Lunatic asylums Central Provinces reports 1895-1909 - 1895-1909
Year: 1895
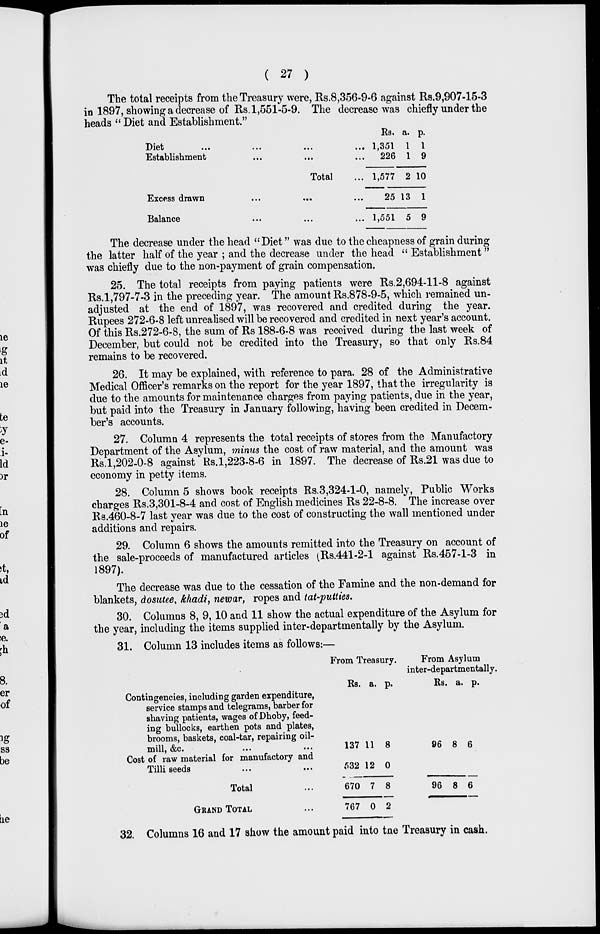
( 27 )
The total receipts from the Treasury were, Rs.8,356-9-6 against Rs.9,907-15-3
in 1897, showing a decrease of Rs. 1,551-5-9. The decrease was chiefly under the
heads " Diet and Establishment."
Diet ... ... ... ...
Establishment ... ... ...
Total ...
Excess drawn ... ... ...
Balance ... ... ...
Rs.
1,351
226
1,577
25
1,551
a.
1
1
2
13
5
p.
1
9
10
1
9
The decrease under the head "Diet" was due to the cheapness of grain during
the latter half of the year ; and the decrease under the head " Establishment "
was chiefly due to the non-payment of grain compensation.
25. The total receipts from paying patients were Rs.2,694-11-8 against
Rs.1,797-7-3 in the preceding year. The amount Rs.878-9-5, which remained un-
adjusted at the end of 1897, was recovered and credited during the year.
Rupees 272-6-8 left unrealised will be recovered and credited in next year's account.
Of this Rs.272-6-8, the sum of Rs 188-6-8 was received during the last week of
December, but could not be credited into the Treasury, so that only Rs.84
remains to be recovered.
26. It may be explained, with reference to para. 28 of the Administrative
Medical Officer's remarks on the report for the year 1897, that the irregularity is
due to the amounts for maintenance charges from paying patients, due in the year,
but paid into the Treasury in January following, having been credited in Decem-
ber's accounts.
27. Column 4 represents the total receipts of stores from the Manufactory
Department of the Asylum, minus the cost of raw material, and the amount was
Rs.1,202-0-8 against Rs.1,223-8-6 in 1897. The decrease of Rs.21 was due to
economy in petty items.
28. Column 5 shows book receipts Rs.3,324-1-0, namely, Public Works
charges Rs.3,301-8-4 and cost of English medicines Rs 22-8-8. The increase over
Rs.460-8-7 last year was due to the cost of constructing the wall mentioned under
additions and repairs.
29. Column 6 shows the amounts remitted into the Treasury on account of
the sale-proceeds of manufactured articles (Rs.441-2-1 against Rs.457-1-3 in
1897).
The decrease was due to the cessation of the Famine and the non-demand for
blankets, dosutee, khadi, newar, ropes and tat-putties.
30. Columns 8, 9, 10 and 11 show the actual expenditure of the Asylum for
the year, including the items supplied inter-departmentally by the Asylum.
31. Column 13 includes items as follows:—
Contingencies, including garden expenditure,
service stamps and telegrams, barber for
shaving patients, wages of Dhoby, feed-
ing bullocks, earthen pots and plates,
brooms, baskets, coal-tar, repairing oil-
mill, &c. ... ...
Cost of raw material for manufactory and
Tilli seeds ... ...
Total ...
GRAND TOTAL ...
From Treasury.
Rs.
137
532
670
767
a.
11
12
7
0
p.
8
0
8
2
From Asylum
inter-departmentally.
Rs.
96
a.
8
p.
6
96 8 6
32. Columns 16 and 17 show the amount paid into the Treasury in cash.